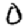
Digit: 0